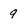
Character: 9